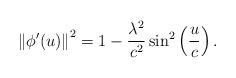
LaTeX: \begin{align*}\left \Vert \phi ^{\prime }(u)\right \Vert ^{2}=1-\frac{\lambda ^{2}}{c^{2}}\sin ^{2}\left( \frac{u}{c}\right) . \end{align*}